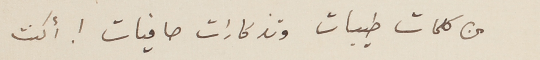
من كلمات طيبات وتذكارات صافيات ! أكنت